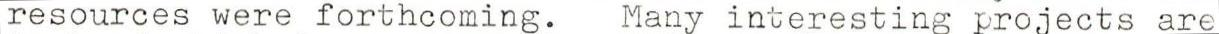
resources were forthcoming. Many interesting projects are